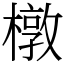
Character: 橔